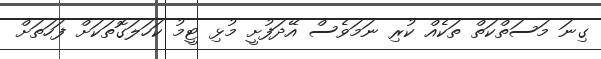
ގިނަ މަސަތްކަތް ތަކެއް ކުރި ނަމަވެސް އޭދަފުށީ މުޅި ޓީމު ކަހަލަގޮތަކަށް ފަހަތަށް